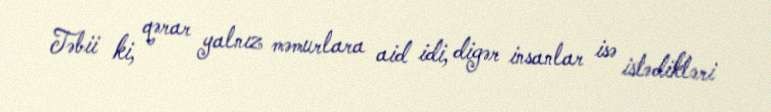
Təbii ki, qərar yalnız məmurlara aid idi, digər insanlar isə istədikləri